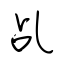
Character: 乩